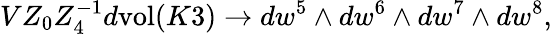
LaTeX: VZ_{0}Z_{4}^{-1}d\mathrm{vol}(K3)\to dw^{5}\wedge dw^{6}\wedge dw^{7}\wedge dw^{8},